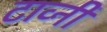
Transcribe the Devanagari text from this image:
टाव्नी